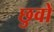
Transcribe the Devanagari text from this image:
छुवों